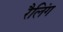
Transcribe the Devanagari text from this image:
रैलिंग